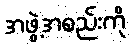
အဖွဲ့အစည်းကို